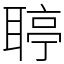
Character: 聤